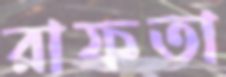
রাফতা